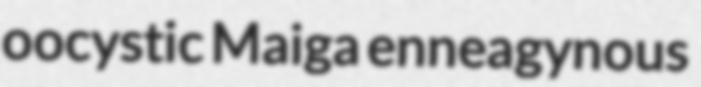
oocystic Maiga enneagynous